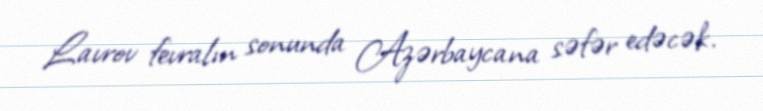
Lavrov fevralın sonunda Azərbaycana səfər edəcək.